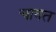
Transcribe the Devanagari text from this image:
चावत